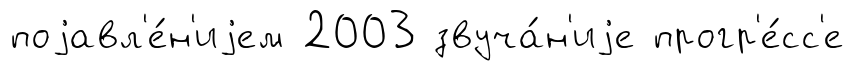
поjавл'е́н'иjем 2003 звуча́н'иjе прогр'е́сс'е